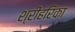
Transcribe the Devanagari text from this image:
श्रीहरिका